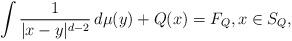
LaTeX: \begin{align*}\int \frac{1}{|x-y|^{d-2}}\,d\mu(y)+Q(x)=F_Q, x\in S_Q,\end{align*}